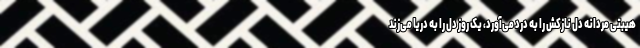
هیبتی مردانه دل نازکش را به درد می‌آورد، یک روز دل را به دریا می‌زند